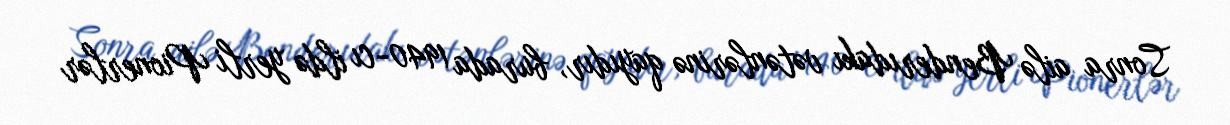
Sonra ailə Benderıdakı vətənlərinə qayıdır, burada 1940-cı ildə yerli Pionerlər